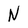
Character: N